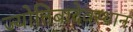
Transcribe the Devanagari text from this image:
ज्योतिबादेवस्थान